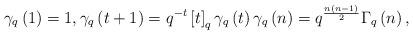
LaTeX: \begin{align*}\gamma _{q}\left( 1\right) =1,\gamma _{q}\left( t+1\right) =q^{-t}\left[ t\right] _{q}\gamma _{q}\left( t\right) \gamma _{q}\left(n\right) =q^{\frac{n\left( n-1\right) }{2}}\Gamma _{q}\left( n\right) ,\end{align*}